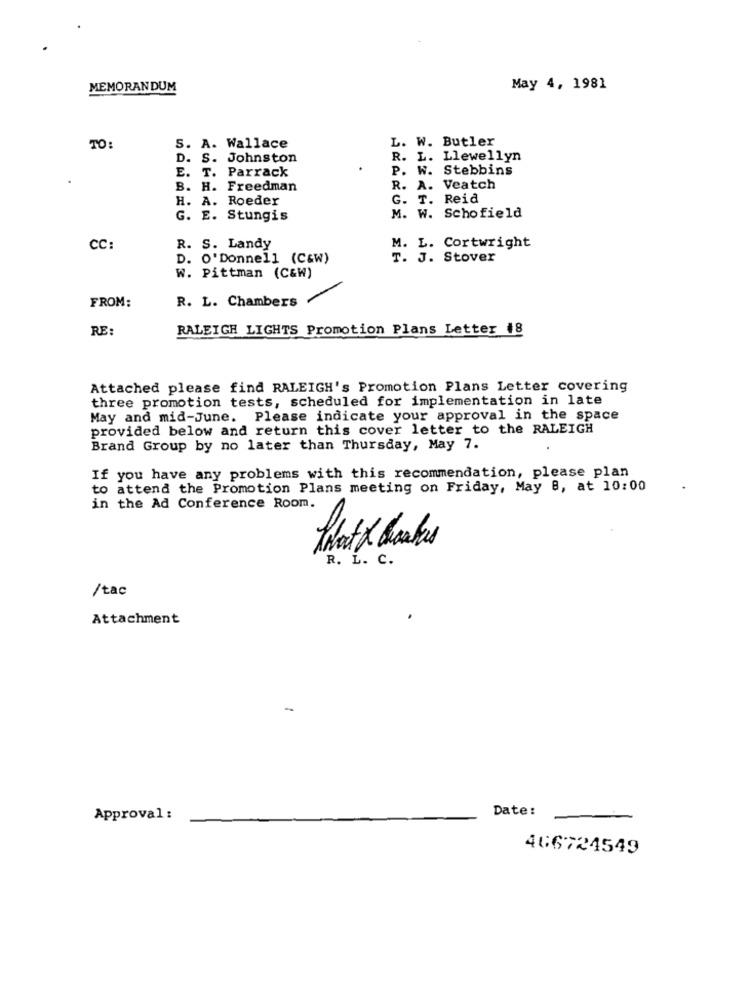
MEMORANDUM
May 4, 1981
L. W. Butler
TO:
S. A. Wallace
D. S. Johnston
R. L. Llewellyn
E. T. Parrack
P. W. Stebbins
B. H. Freedman
R. A. Veatch
H. A. Roeder
G. T. Reid
G. E. Stungis
M. W. Schofield
CC:
R. S. Landy
M. L. Cortwright
D. O'Donnell (C&W)
T. J. Stover
W. Pittman (C&W)
FROM:
R. L. Chambers
RE:
RALEIGH LIGHTS Promotion Plans Letter #8
Attached please find RALEIGH's Promotion Plans Letter covering
three promotion tests, scheduled for implementation in late
May and mid-June. Please indicate your approval in the space
provided below and return this cover letter to the RALEIGH
Brand Group by no later than Thursday, May 7.
If you have any problems with this recommendation, please plan
to attend the Promotion Plans meeting on Friday, May 8, at 10:00
in the Ad Conference Room.
That & bakes
R. L. C.
/tac
Attachment
-
Date:
Approval :
466724549